Vaccination in Burma 1900-1911 - 1900-1911
Year: 1900
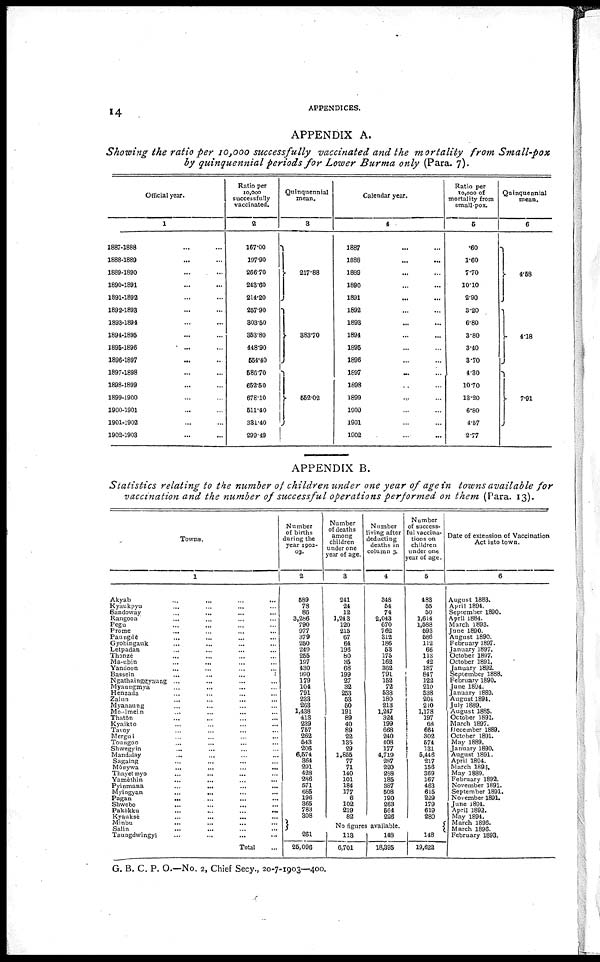
14
APPENDICES.
APPENDIX A.
Showing the ratio per 10,000 successfully vaccinated and the mortality from Small-pox
by quinquennial periods for Lower Burma only (Para. 7).
Official year.
1
1887-1888... ...
1888-1889... ...
1889-1890
...
...
1890-1891... ...
1891-1892... ...
1892-1893... ...
1893-1894... ...
1894-1895... ...
1895-1896... ...
1896-1897... ...
1897-1898... ...
1898-1899... ...
1899-1900... ...
1900-1901... ...
1901-1902... ...
1902-1903... ...
Ratio per
10,000
successfully
vaccinated.
2
167.00
197.90
266.70
243.60
214.20
257.90
303.50
353.80
448.90
654.40
586.70
652.50
678.10
511.40
381.40
299.49
Quinquennial
mean.
3
217.88
883.70
552.02
Calendar year.
4
1887
1888
1889... ...
1890... ...
1891... ...
1892... ...
1893... ...
1894... ...
1895... ...
1896... ...
1897... ...
1898... ...
1899... ...
1900... ...
1901... ...
1902... ...
Ratio per
10,000 of
mortality from
small-pox.
5
.60
1.60
7.70
10.10
2.90
3.20
6.80
3.80
3.40
3.70
4.30
10.70
13.20
6.80
4.57
2.77
Quinquennial
mean.
6
4.58
4.18
7.91
APPENDIX B.
Statistics relating to the number of children under one year of age in towns available for
vaccination and the number of successful operations performed on them (Para. 13).
Towns.
1
Akyab
...
...
...
Kyaukpyu... ... ...
Sandoway... ... ...
Rangoon...
...
...
Pegu... ... ...
Prome... ... ...
Paungde... ... ...
Gyobingauk... ... ...
Letpadan... ... ...
Thonzè... ... ...
Ma-ubin...
...
...
Yandoon... ... ...
Bassein...
...
...
Ngathainggyaung ... ... ...
Myaungmya... ... ...
Henzada... ... ...
Zalun
...
...
...
Myanaung... ... ... ...
Moulmein... ... ...
Thaton... ... ...
Kyaikto... ... ...
Tavoy... ... ...
Mergui... ... ...
Toungoo... ... ...
Shwegyin... ... ...
Mandalay... ... ...
Sagaing... ... ...
Mônywa...
...
...
Thayetmyo... ... ...
Yamèthin...
...
...
Pyinmana...
...
...
Myingyan...
...
...
Pagan...
...
...
Shwebo...
...
...
Pakôkku... ... ...
Kyauksè... ... ...
Minbu
...
...
...
Salin... ... ...
Taungdwingyi... ... ...
Total...
Number
of births
during the
year 1902-
03.
2
589
78
86
3,286
790
977
379
250
240
255
197
430
990
179
104
791
233
263
1,438
413
239
757
262
543
206
6,574
364
291
428
286
571
685
196
365
783
308
Number
of deaths
among
children
under one
year of age.
3
241
24
12
1,243
120
215
67
64
196
80
35
68
199
27
32
253
53
50
191
89
40
89
22
135
29
1,855
77
71
140
101
184
177
6
102
219
82
Number
living after
deducting
deaths in
column 3.
4
348
54
74
2,043
670
762
312
186
68
175
162
362
791
152
72
538
180
213
1,247
324
199
668
240
408
177
4,719
287
220
238
185
387
508
190
263
564
226
Number
of success-
ful vaccina-
tions on
children
under one
year of age.
5
483
55
50
1,614
1,588
593
586
112
66
113
42
187
847
122
210
538
204
210
1,178
197
68
664
302
574
131
5,446
217
156
369
167
463
615
229
179
619
280
No figures available.
261
25,096
113
6,701
148
18,395
148
19,622
Date of extension of Vaccination
Act into town.
6
August 1883.
April 1894.
September 1890.
April 1884.
March 1893.
June 1890.
August 1890.
February 1897.
January 1897.
October 1897.
October 1891.
January 1892.
September 1888.
February 1890.
June 1894.
January 1889.
August 1894.
July 1889.
August 1885.
October 1891.
March 1897.
December 1889.
October 1891.
May 1889.
January 1890.
August 1891.
April 1894.
March 1893.
May 1889.
February 1892.
November 1891.
September 1891.
November 1891.
June 1894.
April 1892.
May 1894.
March 1896.
March 1896.
February 1893.
G. B. C. P. O.—No. 2, Chief Secy., 20-7-1903—400.